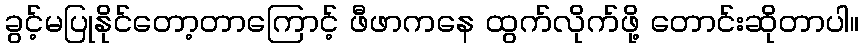
ခွင့်မပြုနိုင်တော့တာကြောင့် ဖီဖာကနေ ထွက်လိုက်ဖို့ တောင်းဆိုတာပါ။